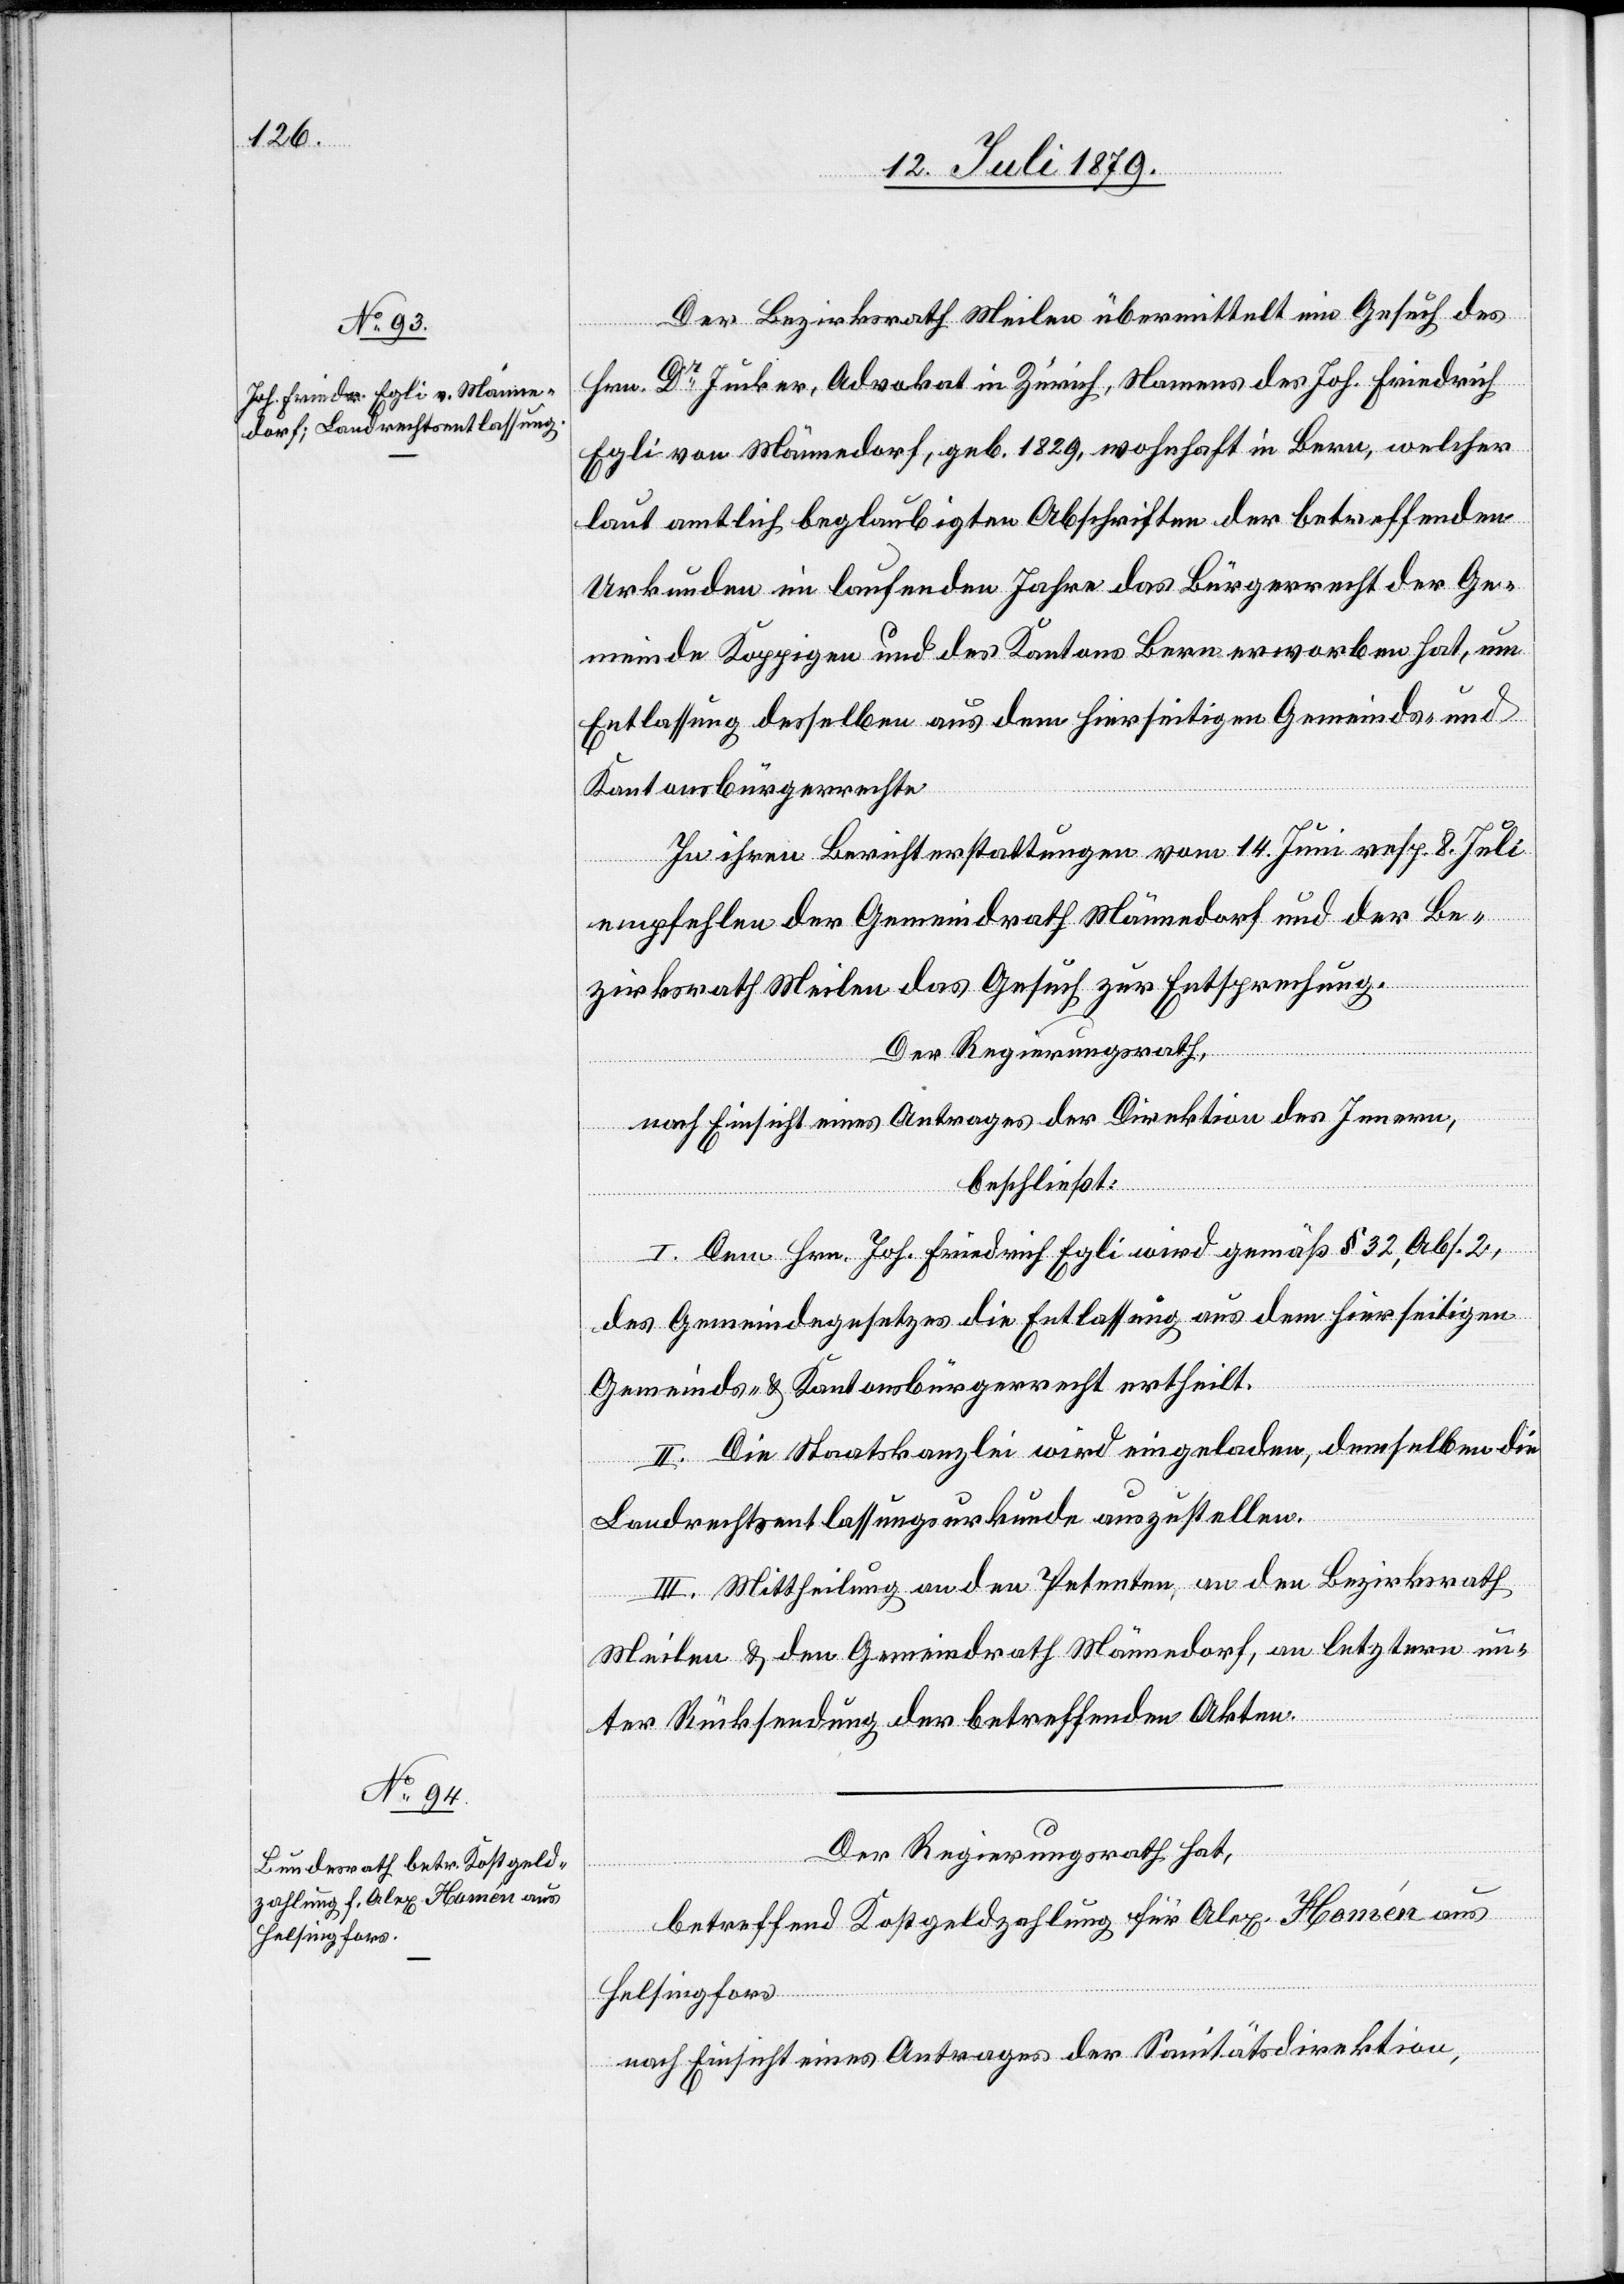
Der Bezirksrath Meilen übermittelt ein Gesuch des
Hrn. Dr Jucker, Advokat in Zürich, Namens des Joh. Friedrich
Egli von Männedorf, geb. 1829, wohnhaft in Bern, welcher
laut amtlich beglaubigten Abschriften der betreffenden
Urkunden im laufenden Jahre das Bürgerrecht der Ge¬
meinde Koppigen und des Kantons Bern erworben hat, um
Entlassung desselben aus dem hierseitigen Gemeinds- und
Kantonsbürgerrechte.
In ihren Berichterstattungen vom 14. Juni resp. 8. Juli
empfehlen der Gemeindrath Männedorf und der Be¬
zirksrath Meilen das Gesuch zur Entsprechung.
Der Regierungsrath,
nach Einsicht eines Antrages der Direktion des Innern,
beschließt:
I. Dem Hrn. Joh. Friedrich Egli wird gemäß § 32, Abs. 2,
des Gemeindegesetzes die Entlassung aus dem hierseitigen
Gemeinds- & Kantonsbürgerrecht ertheilt.
II. Die Staatskanzlei wird eingeladen, demselben die
Landrechtsentlassungsurkunde auszustellen.
III. Mittheilung an den Petenten, an den Bezirksrath
Meilen & den Gemeindrath Männedorf, an letztern un¬
ter Rücksendung der betreffenden Akten.
Der Regierungsrath hat,
betreffend Kostgeldzahlung für Alex. Homén aus
Helsingfors
nach Einsicht eines Antrages der Sanitätsdirektion,